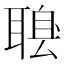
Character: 𦖶